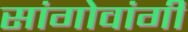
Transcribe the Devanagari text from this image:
सांगोवांगी